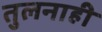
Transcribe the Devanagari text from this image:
तुलनाही